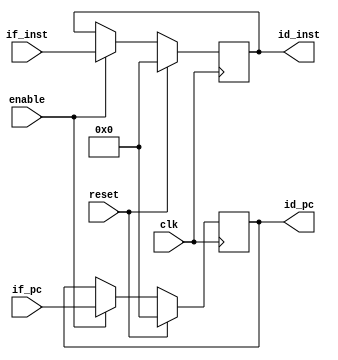
module IF_ID (
	input clk,
	input reset,
	input enable,
	// Datapath
	input [31:0] if_pc,
	input [31:0] if_inst,

	output reg [31:0] id_pc,
	output reg [31:0] id_inst	
);
always @(posedge clk) begin
	if (reset != 1'b1) begin
		if (enable) begin
			id_pc <= if_pc;
			id_inst <= if_inst;
		end
	end
	else begin
		id_pc <= 32'b0;
		id_inst <= 32'b0;
	end
end
endmodule